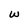
Character: w